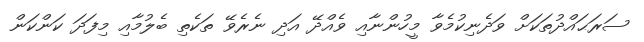
ސަރަޙައްދުތަކަށް ވަދެނިކުމެވާ މީހުންނާއި ވެއްދޭ އަދި ނެރެވޭ ތަކެތި ބެލުމާއި މިފަދަ ކަންކަން